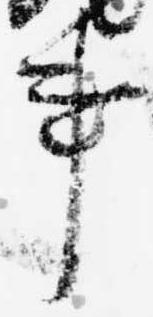
事